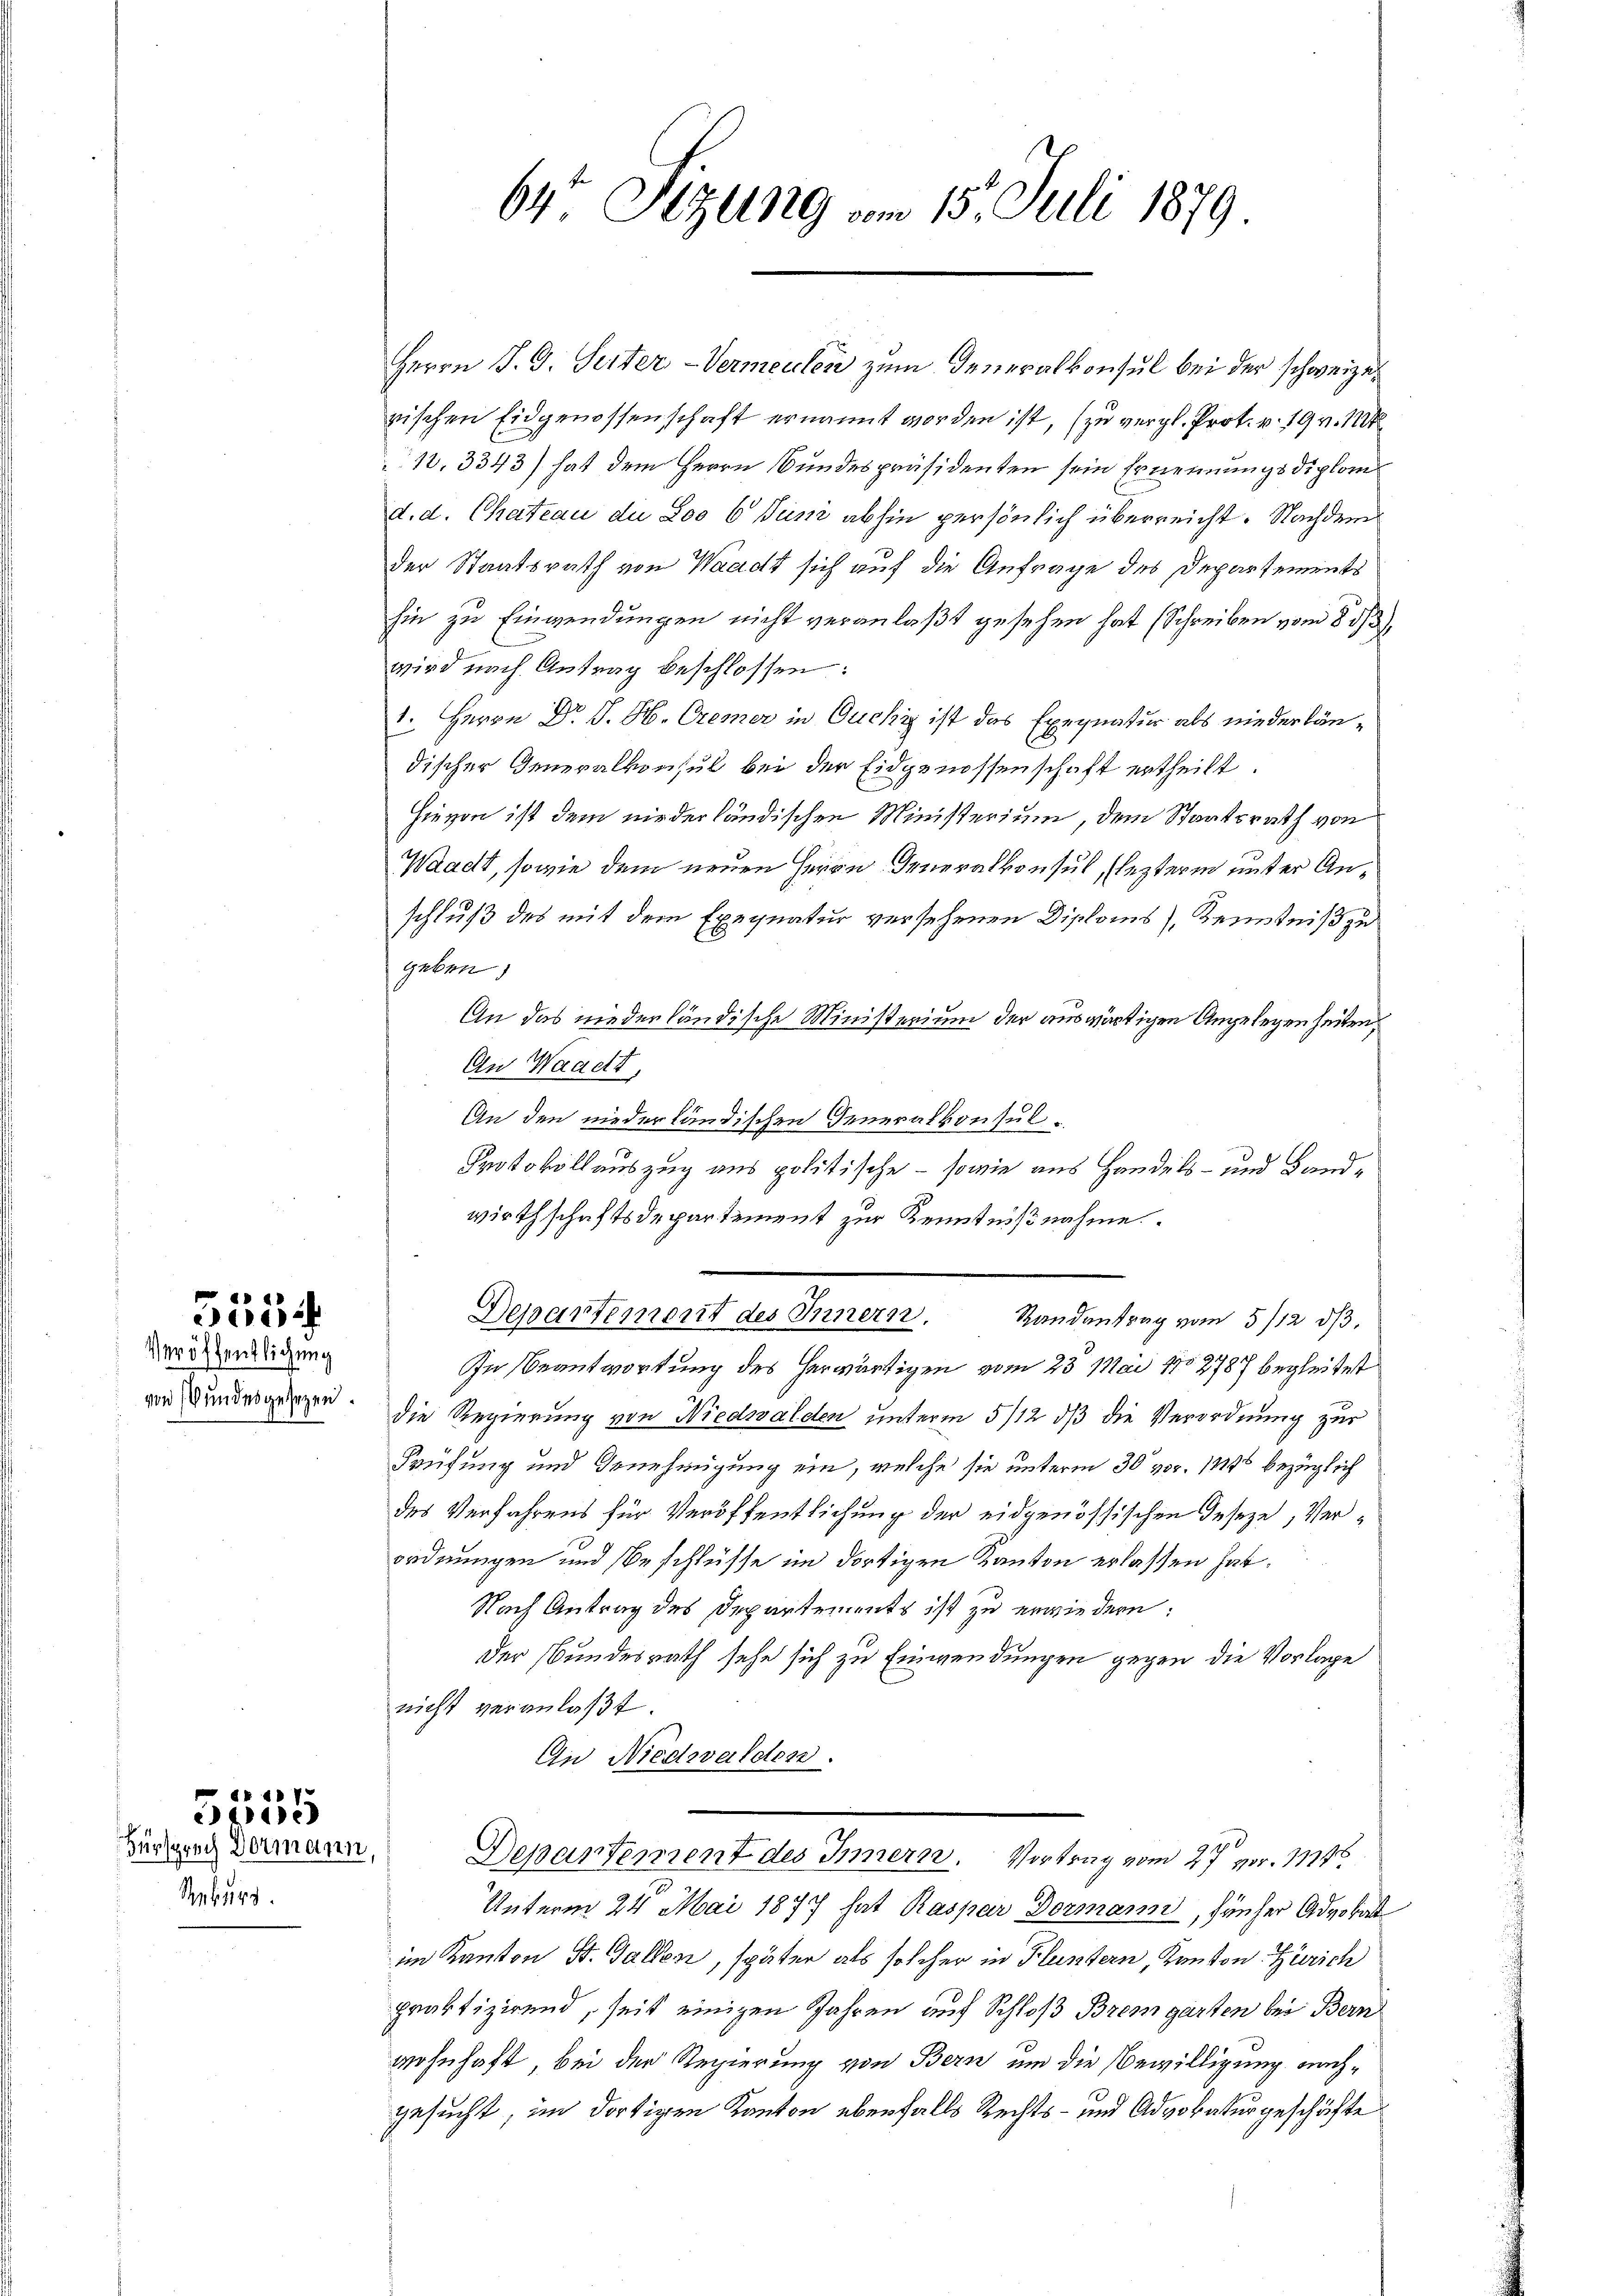
s
i
Veröffentlichung

von Bundesgesezen.

Rekurs

7
e
44)
Fürsprech Dormann,

64 Sizung vom 15. Juli 1879

Herrn J. G. Seiter-Vermeuten zum Generalkonsul bei der schweizet
rischen Eidgenossenschaft ernannt worden ist, (zu vergl. Prot. v. 19 v. Mt
12, 3343) hat dem Herrn Bundespräsidenten sein Ernennungsdiplom
d. d. Chateau du Loo 6 Juni abhin persönlich überreicht. Nachdem
Der Staatsrath von Waadt sich auf die Anfrage des Departements
hin zu Einwendungen nicht veranlaßt gesehen hat (Schreiben vom 8 1/3).
wird nach Antrag beschlossen:
1. Herrn Dr. J. H. Cremer in Ducki ist das Exequatur als niederländischer Generalkonsul bei der Eidgenossenschaft ertheilt.
Hievon ist dem niederländischen Ministerium, dem Staatsrath von
Waadt, sowie dem neuen Herrn Generalkonsul, (letzteren unter Anschluß des mit dem Exequatur versehenen Diploms), Kenntniß zu
geben)
An das niederländische Ministerium der auswärtigen Angelegenheiten,
An Waadt,
An den niederländischen Generalkonsul
Protokollauszug aus politische - sowie aus Handels- und Landwirthschaftsdepartement zur Kenntnißnahme
Departement des Innern. Randantrag vom 5/12. dβ.
In Beantwortung des herwärtigen vom 23. Mai 1882787 begleitet
die Regierung von Niedwalden unterm 5/12 dß die Verordnung zur
Prüfung und Genehmigung ein, welche sie unterm 30 pr. 1815 bezüglich
des Verfahrens für Veröffentlichung der eidgenössischen Geseze, Verordnungen und Beschlüsse im dortigen Kanton erlassen hat.
Nach Antrag des Departements ist zu erwiedern:
Der Bundesrath sehe sich zu Einwendungen gegen die Vorlage
nicht veranlaßt.
An Niedwalden.

Departement des Innerer. Vortrag vom 27 Nr. 111

Unterm 24. Mai 1877 hat Kaspar Dormann, früher Advokat
im Kanton St. Gallen, später als solcher in Fluntern, Kanton Zürich
praktizirend, seit einigen Jahren auf Schloß Bremgarten bei Bern
wohnhaft, bei der Regierung von Bern um die Bewilligung nachgesucht, im dortigen Kanton überfalls Rechts- und Advokaturgeschäfte